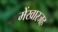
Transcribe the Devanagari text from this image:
मेंखारजह